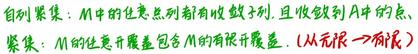
自列紧集：$M$ 中的任意点列都有收敛子列，且收敛到 $M$ 中的点。
紧集：$M$ 的任意开覆盖包含 $M$ 的有限开覆盖.（从无限 $\to$ 有限）